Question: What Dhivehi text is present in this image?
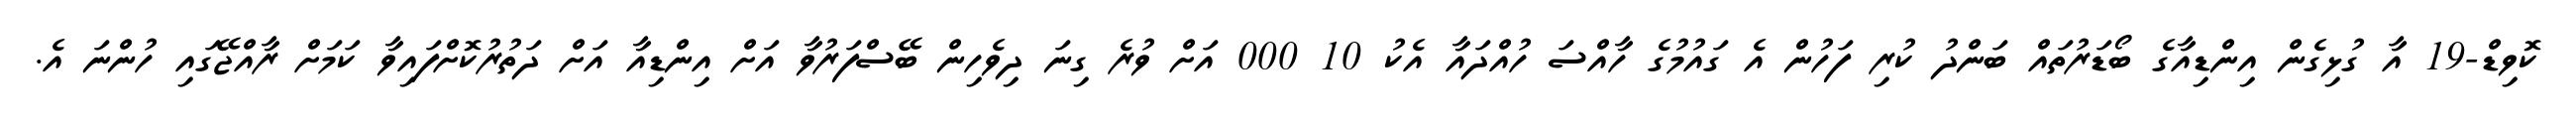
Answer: ކޮވިޑް-19 އާ ގުޅިގެން އިންޑިއާގެ ބޯޑަރުތައް ބަންދު ކުރި ފަހުން އެ ގައުމުގެ ހާއްސަ ހުއްދައާ އެކު 10 000 އަށް ވުރެ ގިނަ ދިވެހިން ބޭސްފަރުވާ އަށް އިންޑިއާ އަށް ދަތުރުކޮށްފައިވާ ކަމަށް ރާއްޖޭގައި ހުންނަ އެ.